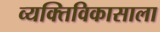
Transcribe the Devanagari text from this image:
व्यक्तिविकासाला